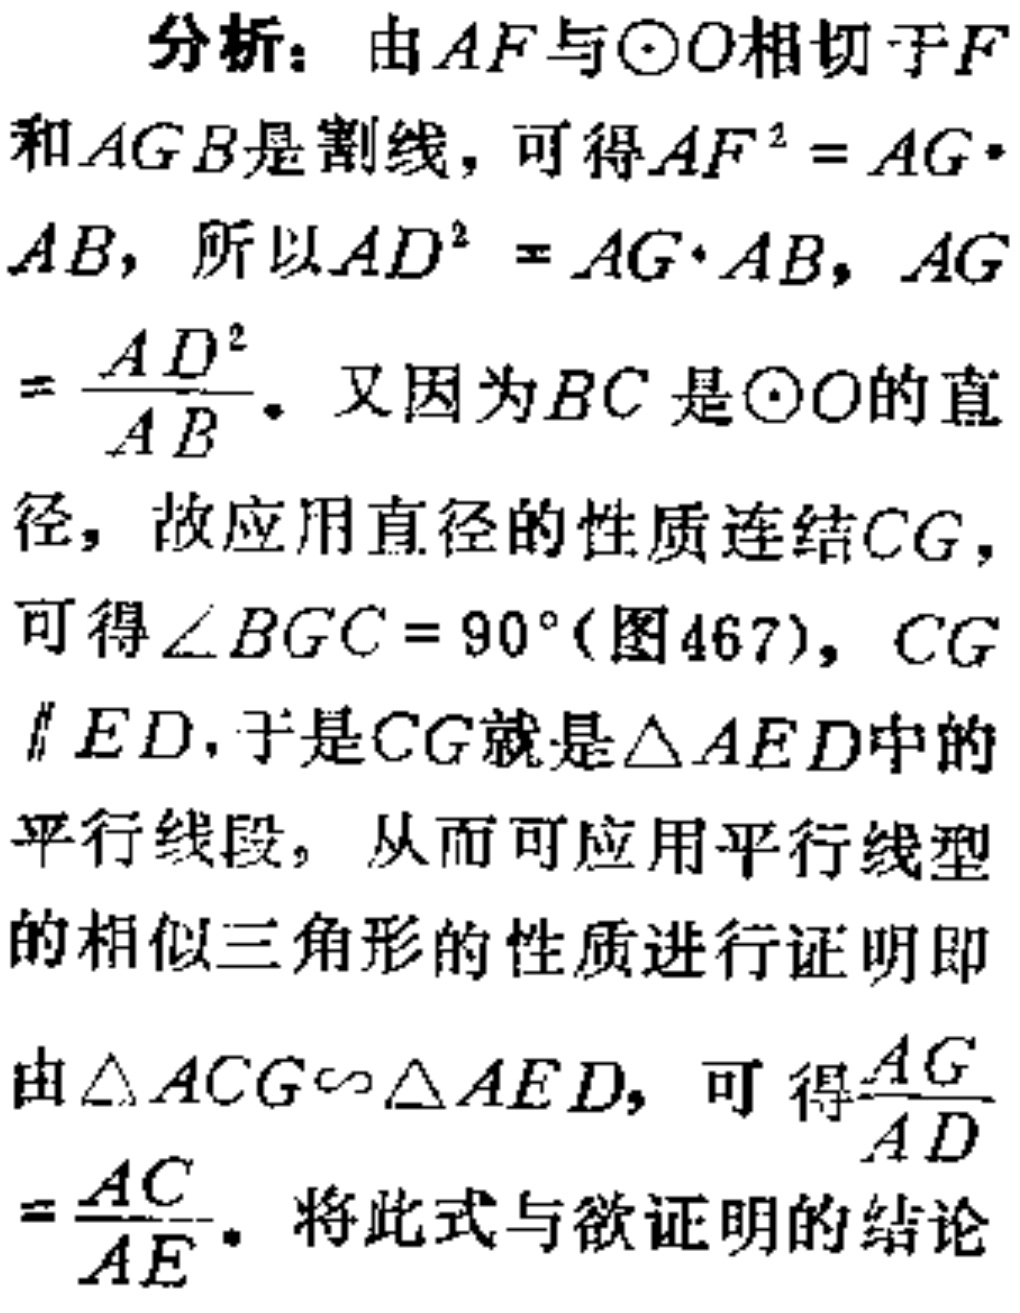
分析：由\(AF\)与\(\odot O\)相切于\(F\)和\(AGB\)是割线，可得\(AF^{2}=AG\cdot AB\)，所以\(AD^{2}=AG\cdot AB\)，\(AG = \frac{AD^{2}}{AB}\)。又因为\(BC\)是\(\odot O\)的直径，故应用直径的性质连结\(CG\)，可得\(\angle BGC = 90^{\circ}\)(图467)，\(CG\parallel ED\)，于是\(CG\)就是\(\triangle AED\)中的平行线段，从而可应用平行线型的相似三角形的性质进行证明即由\(\triangle ACG\sim\triangle AED\)，可得\(\frac{AG}{AD}=\frac{AC}{AE}\)。将此式与欲证明的结论